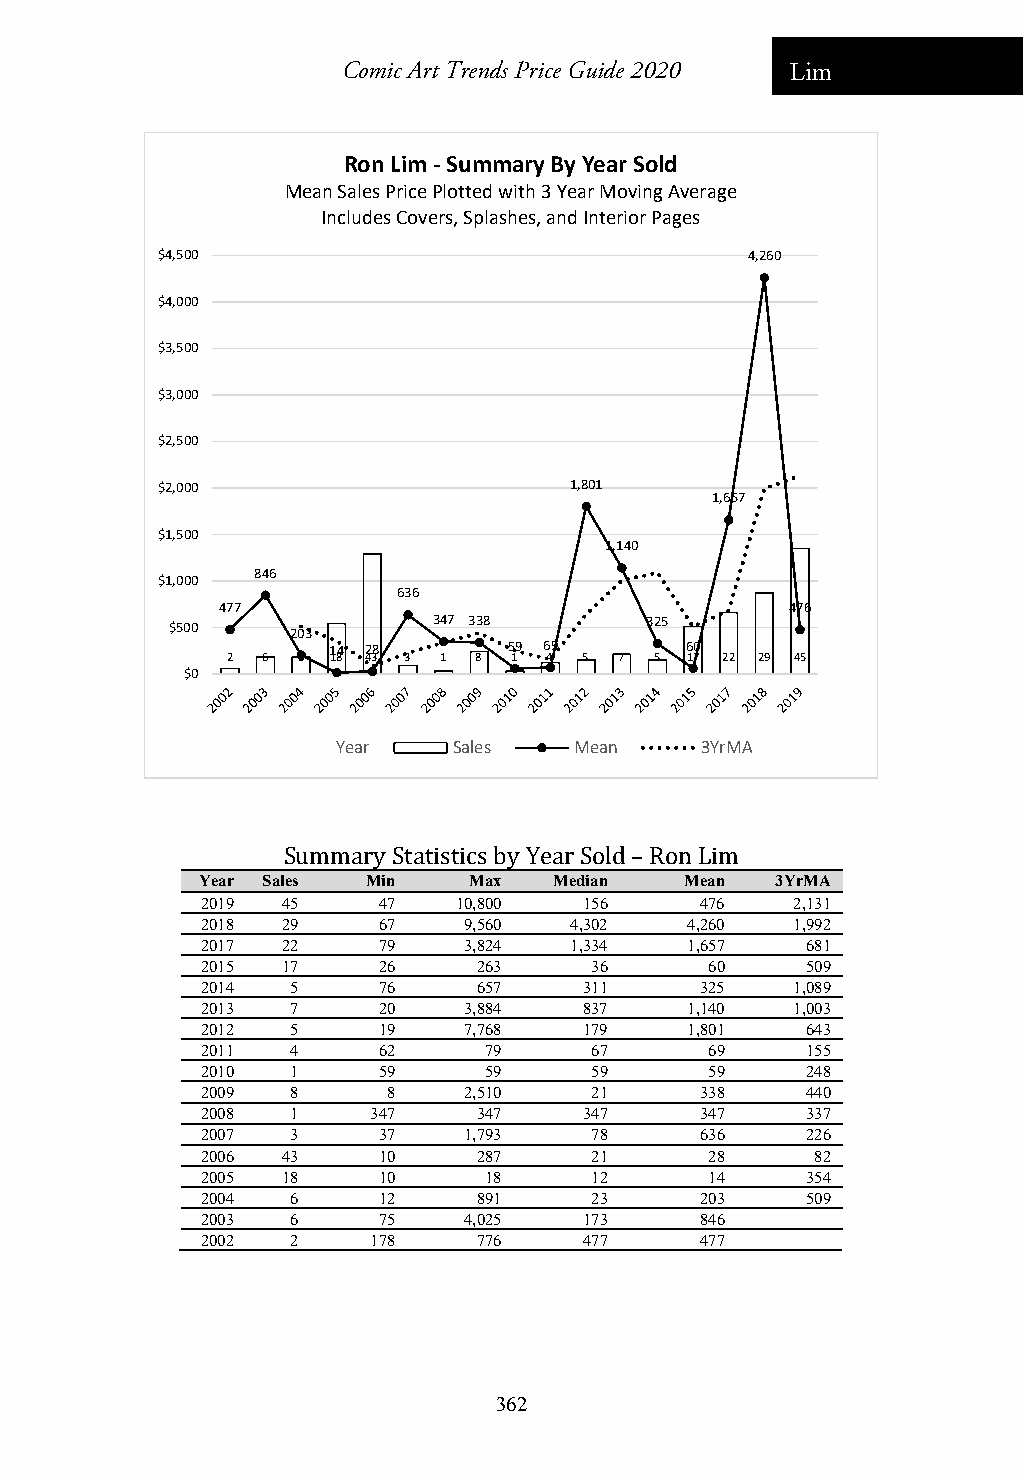
Comic Art Trends Price Guide 2020 Lim
 Ron Lim ‐Summary By Year Sold
 Mean Sales Price Plotted with 3 Year Moving Average
 Includes Covers, Splashes, and Interior Pages
 $4,500                                  4,260
 $4,000
 $3,500
 $3,000
 $2,500
 $2,000                      1,801
 1,657
 $1,500
 1,140
 846
 $1,000
 636
 477                                   476
 $500    203       347 338       325
 14 28       59 69      60
 2 6  6 18 43 3 1 8 1 4  5 7 5 17 22 29 45
 $0
 Year    Sales   Mean    3YrMA
 Summary Statistics by Year Sold – Ron Lim
 Year Sales Min    Max   Median  Mean  3YrMA
 2019  45    47   10,800   156    476    2,131
 2018  29    67    9,560  4,302  4,260   1,992
 2017  22    79    3,824  1,334  1,657   681
 2015  17    26     263    36      60    509
 2014  5     76     657    311    325    1,089
 2013  7     20    3,884   837   1,140   1,003
 2012  5     19    7,768   179   1,801   643
 2011  4     62     79     67      69    155
 2010  1     59     59     59      59    248
 2009  8      8    2,510   21     338    440
 2008  1     347    347    347    347    337
 2007  3     37    1,793   78     636    226
 2006  43    10     287    21      28     82
 2005  18    10     18     12      14    354
 2004  6     12     891    23     203    509
 2003  6     75    4,025   173    846
 2002  2     178    776    477    477
 362